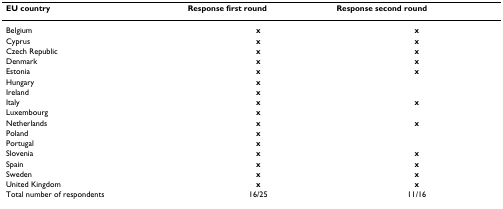
| EU country | Response first round | Response second round |
 | --- | --- | --- |
 | Belgium | x | x |
 | Cyprus | x | x |
 | Czech Republic | x | x |
 | Denmark | x | x |
 | Estonia | x | x |
 | Hungary | x |  |
 | Ireland | x |  |
 | Italy | x | x |
 | Luxembourg | x |  |
 | Netherlands | x | x |
 | Poland | x |  |
 | Portugal | x |  |
 | Slovenia | x | x |
 | Spain | x | x |
 | Sweden | x | x |
 | United Kingdom | x | x |
 | Total number of respondents | 16/25 | 11/16 |